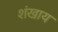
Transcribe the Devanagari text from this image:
शंखाय